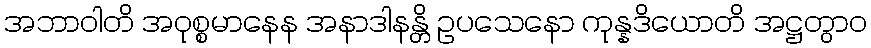
အဘာဝါတိ အဝုစ္စမာနေန အနာဒါနန္တိ ဥပသေနော ကုန္နဒိယောတိ အဋ္ဌတွာဝ